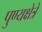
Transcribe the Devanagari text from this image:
पुण्यक्षेत्रे